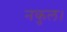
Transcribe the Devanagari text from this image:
नकुल।